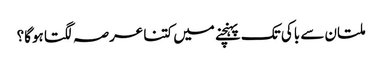
ملتان سے باکی تک پہنچنے میں کتنا عرصہ لگتا ہوگا؟